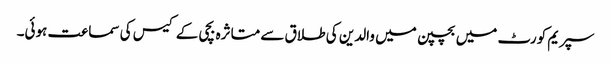
سپریم کورٹ میں بچپن میں والدین کی طلاق سے متاثرہ بچی کے کیس کی سماعت ہوئی۔